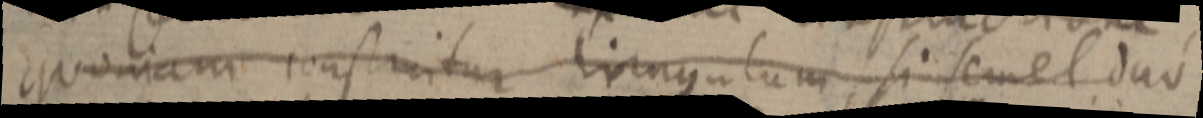
quoniam construitur triangulum, si semel duo